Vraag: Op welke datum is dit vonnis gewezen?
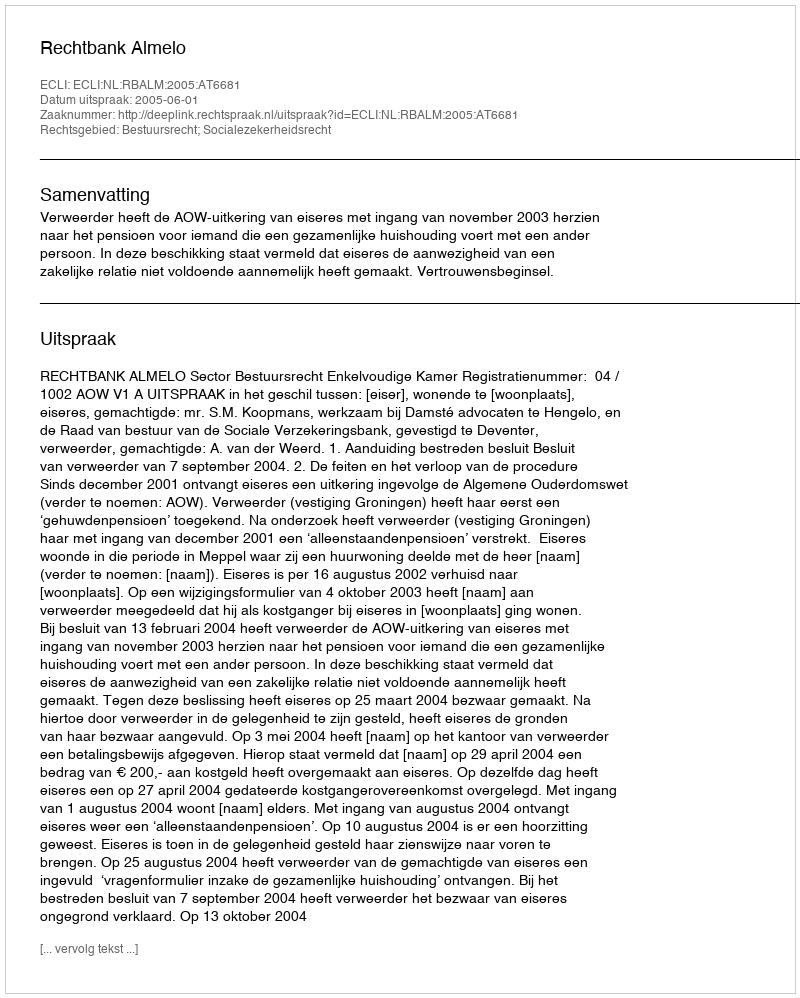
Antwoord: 2005-06-01